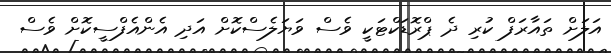
އަލަށް ތައާރަފް ކުރި ދެ ޕްރޮޑަކްޓަކީ ވެސް ވަޔަލެސްކޮށް އަދި އެންއެފްސީކޮށް ވެސް